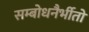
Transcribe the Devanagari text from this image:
सम्बोधनैर्भीतो